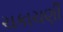
ચકાચણી